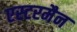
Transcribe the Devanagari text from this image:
एस्टरमैन